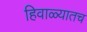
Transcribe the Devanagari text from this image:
हिवाळ्यातच